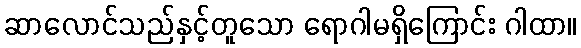
ဆာလောင်သည်နှင့်တူသော ရောဂါမရှိကြောင်း ဂါထာ။